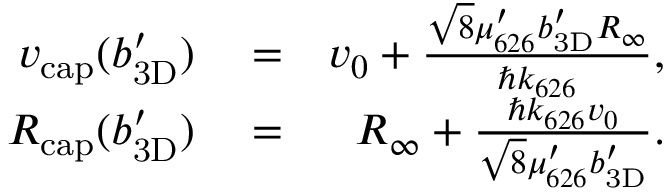
\begin{array} { r l r } { \ensuremath { v _ { \mathrm { c a p } } } ( \ensuremath { b _ { \mathrm { 3 D } } ^ { \prime } } ) } & { { } = } & { v _ { 0 } + \frac { \sqrt { 8 } \mu _ { 6 2 6 } ^ { \prime } \ensuremath { b _ { \mathrm { 3 D } } ^ { \prime } } R _ { \infty } } { \hbar \ensuremath { k _ { 6 2 6 } } } , } \\ { \ensuremath { R _ { \mathrm { c a p } } } ( \ensuremath { b _ { \mathrm { 3 D } } ^ { \prime } } ) } & { { } = } & { R _ { \infty } + \frac { \hbar \ensuremath { k _ { 6 2 6 } } v _ { 0 } } { \sqrt { 8 } \mu _ { 6 2 6 } ^ { \prime } \ensuremath { b _ { \mathrm { 3 D } } ^ { \prime } } } . } \end{array}